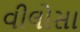
વીલોસા